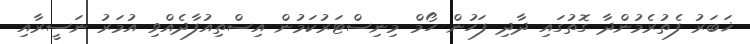
ޚަބަރު ފެތުރެމުންދާ ގޮތުގައި ދާދި ފަހުން ހޯމް މިނިސްޓަރުކަމުން އިސްތިއުފާދެއްވި އުމަރު ނަސީރާއި